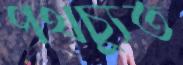
পথচ্যুত